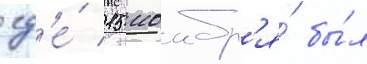
гд'е́ 15 ноабр'я́ бы́л